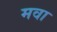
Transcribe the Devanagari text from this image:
मवा